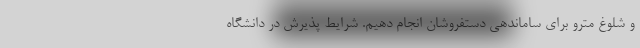
و شلوغ مترو برای ساماندهی دستفروشان انجام دهیم. شرایط پذیرش در دانشگاه